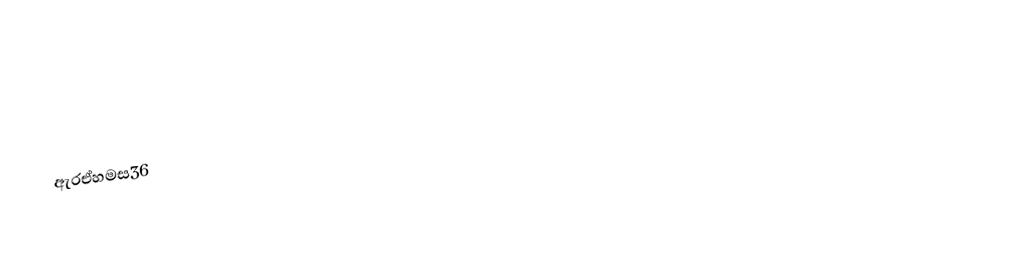

ඇරඒහමස36